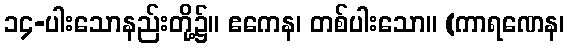
၁၄-ပါးသောနည်းတို့၌။ ဧကေန၊ တစ်ပါးသော။ (ကာရဏေန၊